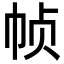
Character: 帧